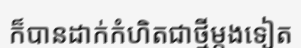
ក៏បានដាក់កំហិតជាថ្មីម្តងទៀត